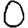
Digit: 0